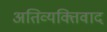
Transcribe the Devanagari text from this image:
अतिव्यक्तिवाद